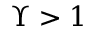
\Upsilon > 1